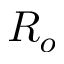
R _ { o }